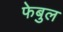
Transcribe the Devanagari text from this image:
फेबुल